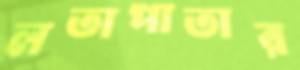
লতাপাতার